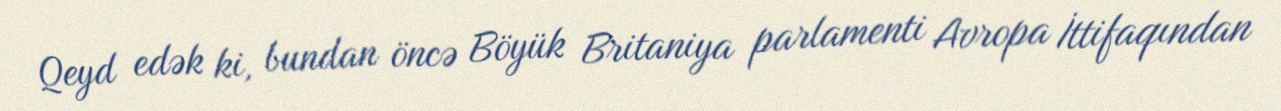
Qeyd edək ki, bundan öncə Böyük Britaniya parlamenti Avropa İttifaqından